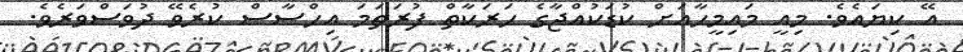
އޭ ކިޔައެވެ. މިއީ މައިމީހާއަށް ކުޑަކުއްޖާގެ ހަރަކާތް ފުރަތަމަ އިހްސާސް ކުރެވޭ ދުވަސްވަރެވެ.